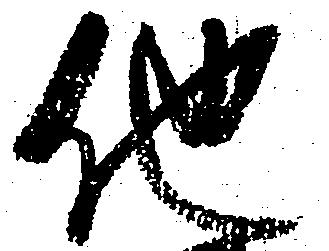
他